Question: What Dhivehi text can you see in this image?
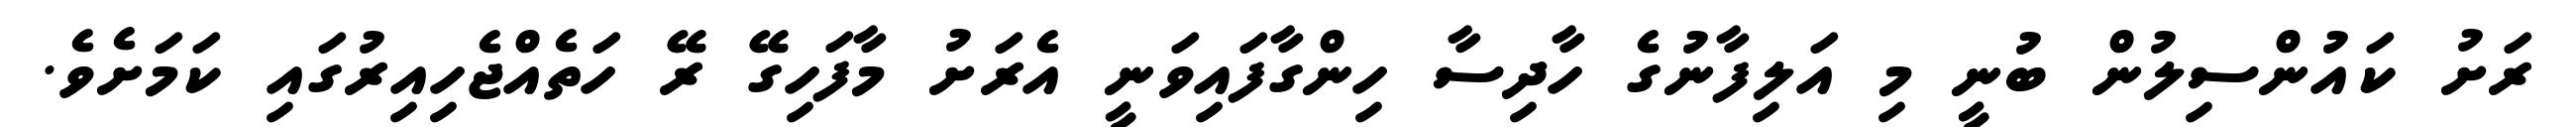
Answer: ރަށު ކައުންސިލުން ބުނީ މި އަލިފާނުގެ ހާދިސާ ހިންގާފައިވަނީ އެރަށު މާފަހިގޭ ރޭ ހަތެއްޖެހިއިރުގައި ކަމަށެވެ.